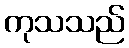
ကုသသည်